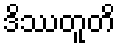
ဒိဿတူတိ